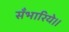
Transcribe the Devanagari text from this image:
सँभारिये।।